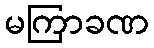
မကြာခဏ